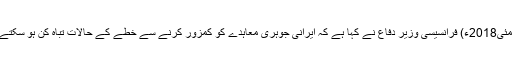
08 مئی2018ء) فرانسیسی وزیر دفاع نے کہا ہے کہ ایرانی جوہری معاہدے کو کمزور کرنے سے خطے کے حالات تباہ کن ہو سکتے ہیں۔